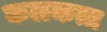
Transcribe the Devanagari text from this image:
कलकत्त